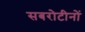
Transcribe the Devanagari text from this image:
सबरोटीनों